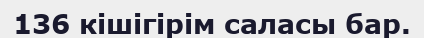
136 кішігірім саласы бар.